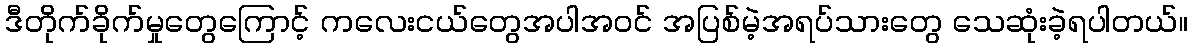
ဒီတိုက်ခိုက်မှုတွေကြောင့် ကလေးငယ်တွေအပါအဝင် အပြစ်မဲ့အရပ်သားတွေ သေဆုံးခဲ့ရပါတယ်။